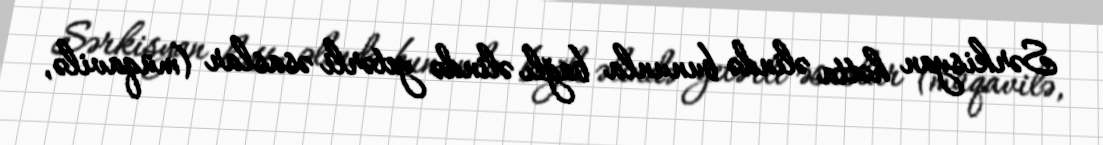
Sərkisyan hətta əlində bununla bağlı əlində yetərli əsaslar (müqavilə,